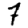
Digit: 7